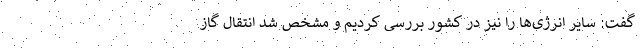
گفت: سایر انرژی‌ها را نیز در کشور بررسی کردیم و مشخص شد انتقال گاز